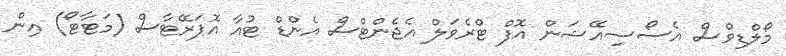
މޯލްޑިވްސް އެސޯސިއޭޝަން އޮފް ޓްރެވަލް އެޖެންޓްސް އެންޑް ޓުއާ އޮޕަރޭޓާސް (މަޓާޓޯ) އިން